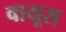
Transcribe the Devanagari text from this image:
वायूस